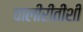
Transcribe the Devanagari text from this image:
चालीरीतींशी